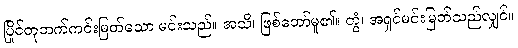
ပြိုင်တုဘက်ကင်းမြတ်သော မင်းသည်။ အသိ၊ ဖြစ်တော်မူ၏။ တွံ၊ အရှင်မင်းမြတ်သည်လျှင်။